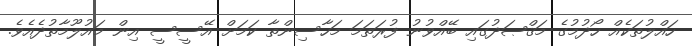
ހައްލުތަކެއް ހޯދުމުގެ މަޤްޞަދުގައި ބޭއްވުނު ފުރަތަމަ މަހާސިންތާ ކަމަށް އޭސީސީ އިން މައުލޫމާތުދެއެވެ.